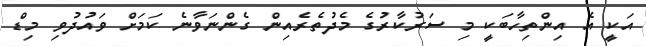
އަކީ އެ އިންތިހާބަކީ މި ސަރުކާރުގެ މެދުތެރެއިން ގެންނަވާނެ ކަމަށް ވައުދުވި މިޑް